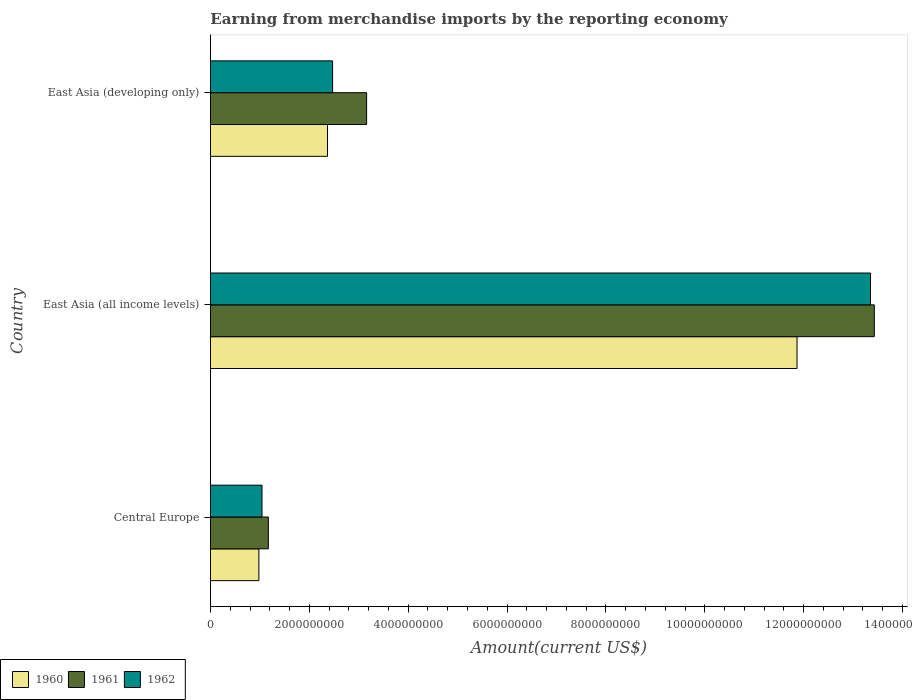
| Country | 1960 | 1961 | 1962 |
 | --- | --- | --- | --- |
 | Central Europe | 9.79e+08 | 1.17e+09 | 1.04e+09 |
 | East Asia (all income levels) | 1.19e+10 | 1.34e+10 | 1.34e+10 |
 | East Asia (developing only) | 2.37e+09 | 3.16e+09 | 2.47e+09 |